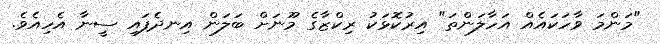
"މަންމަ ވާހަކައެއް އަހާލަންތަ" އިރުކޮޅަކު ރިކްޒާގެ މޫނަށް ބަލަން އިނދެފައި ސީނާ އެހިއެވެ.